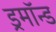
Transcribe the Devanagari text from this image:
ड्रमॉन्ड